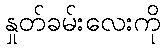
နှုတ်ခမ်းလေးကို